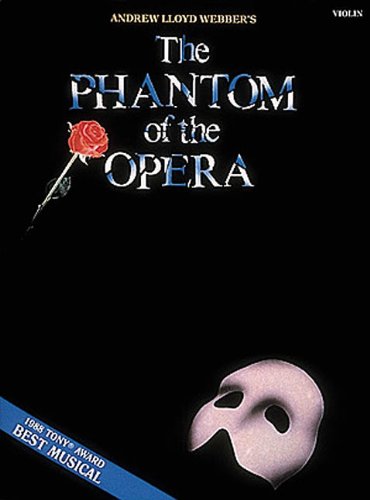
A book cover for PHANTOM OF THE OPERA  THE    VIOLIN; Humor & Entertainment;